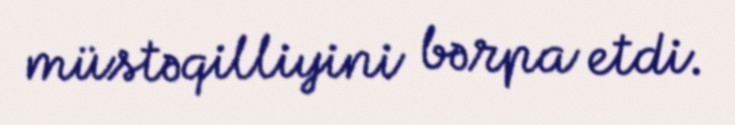
müstəqilliyini bərpa etdi.